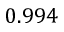
0 . 9 9 4